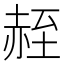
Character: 𫎮